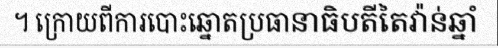
។ ក្រោយពីការបោះឆ្នោតប្រធានាធិបតីតៃវ៉ាន់ឆ្នាំ